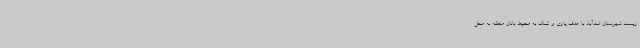
زیست شهرستان اسدآباد با هدف یاری و کمک به محیط بانان منطقه به محل